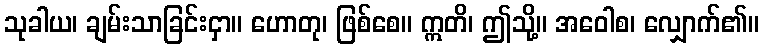
သုခါယ၊ ချမ်းသာခြင်းငှာ။ ဟောတု၊ ဖြစ်စေ။ ဣတိ၊ ဤသို့။ အဝေါစ၊ လျှောက်၏။